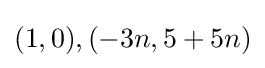
(1,0),(-3n,5+5n)